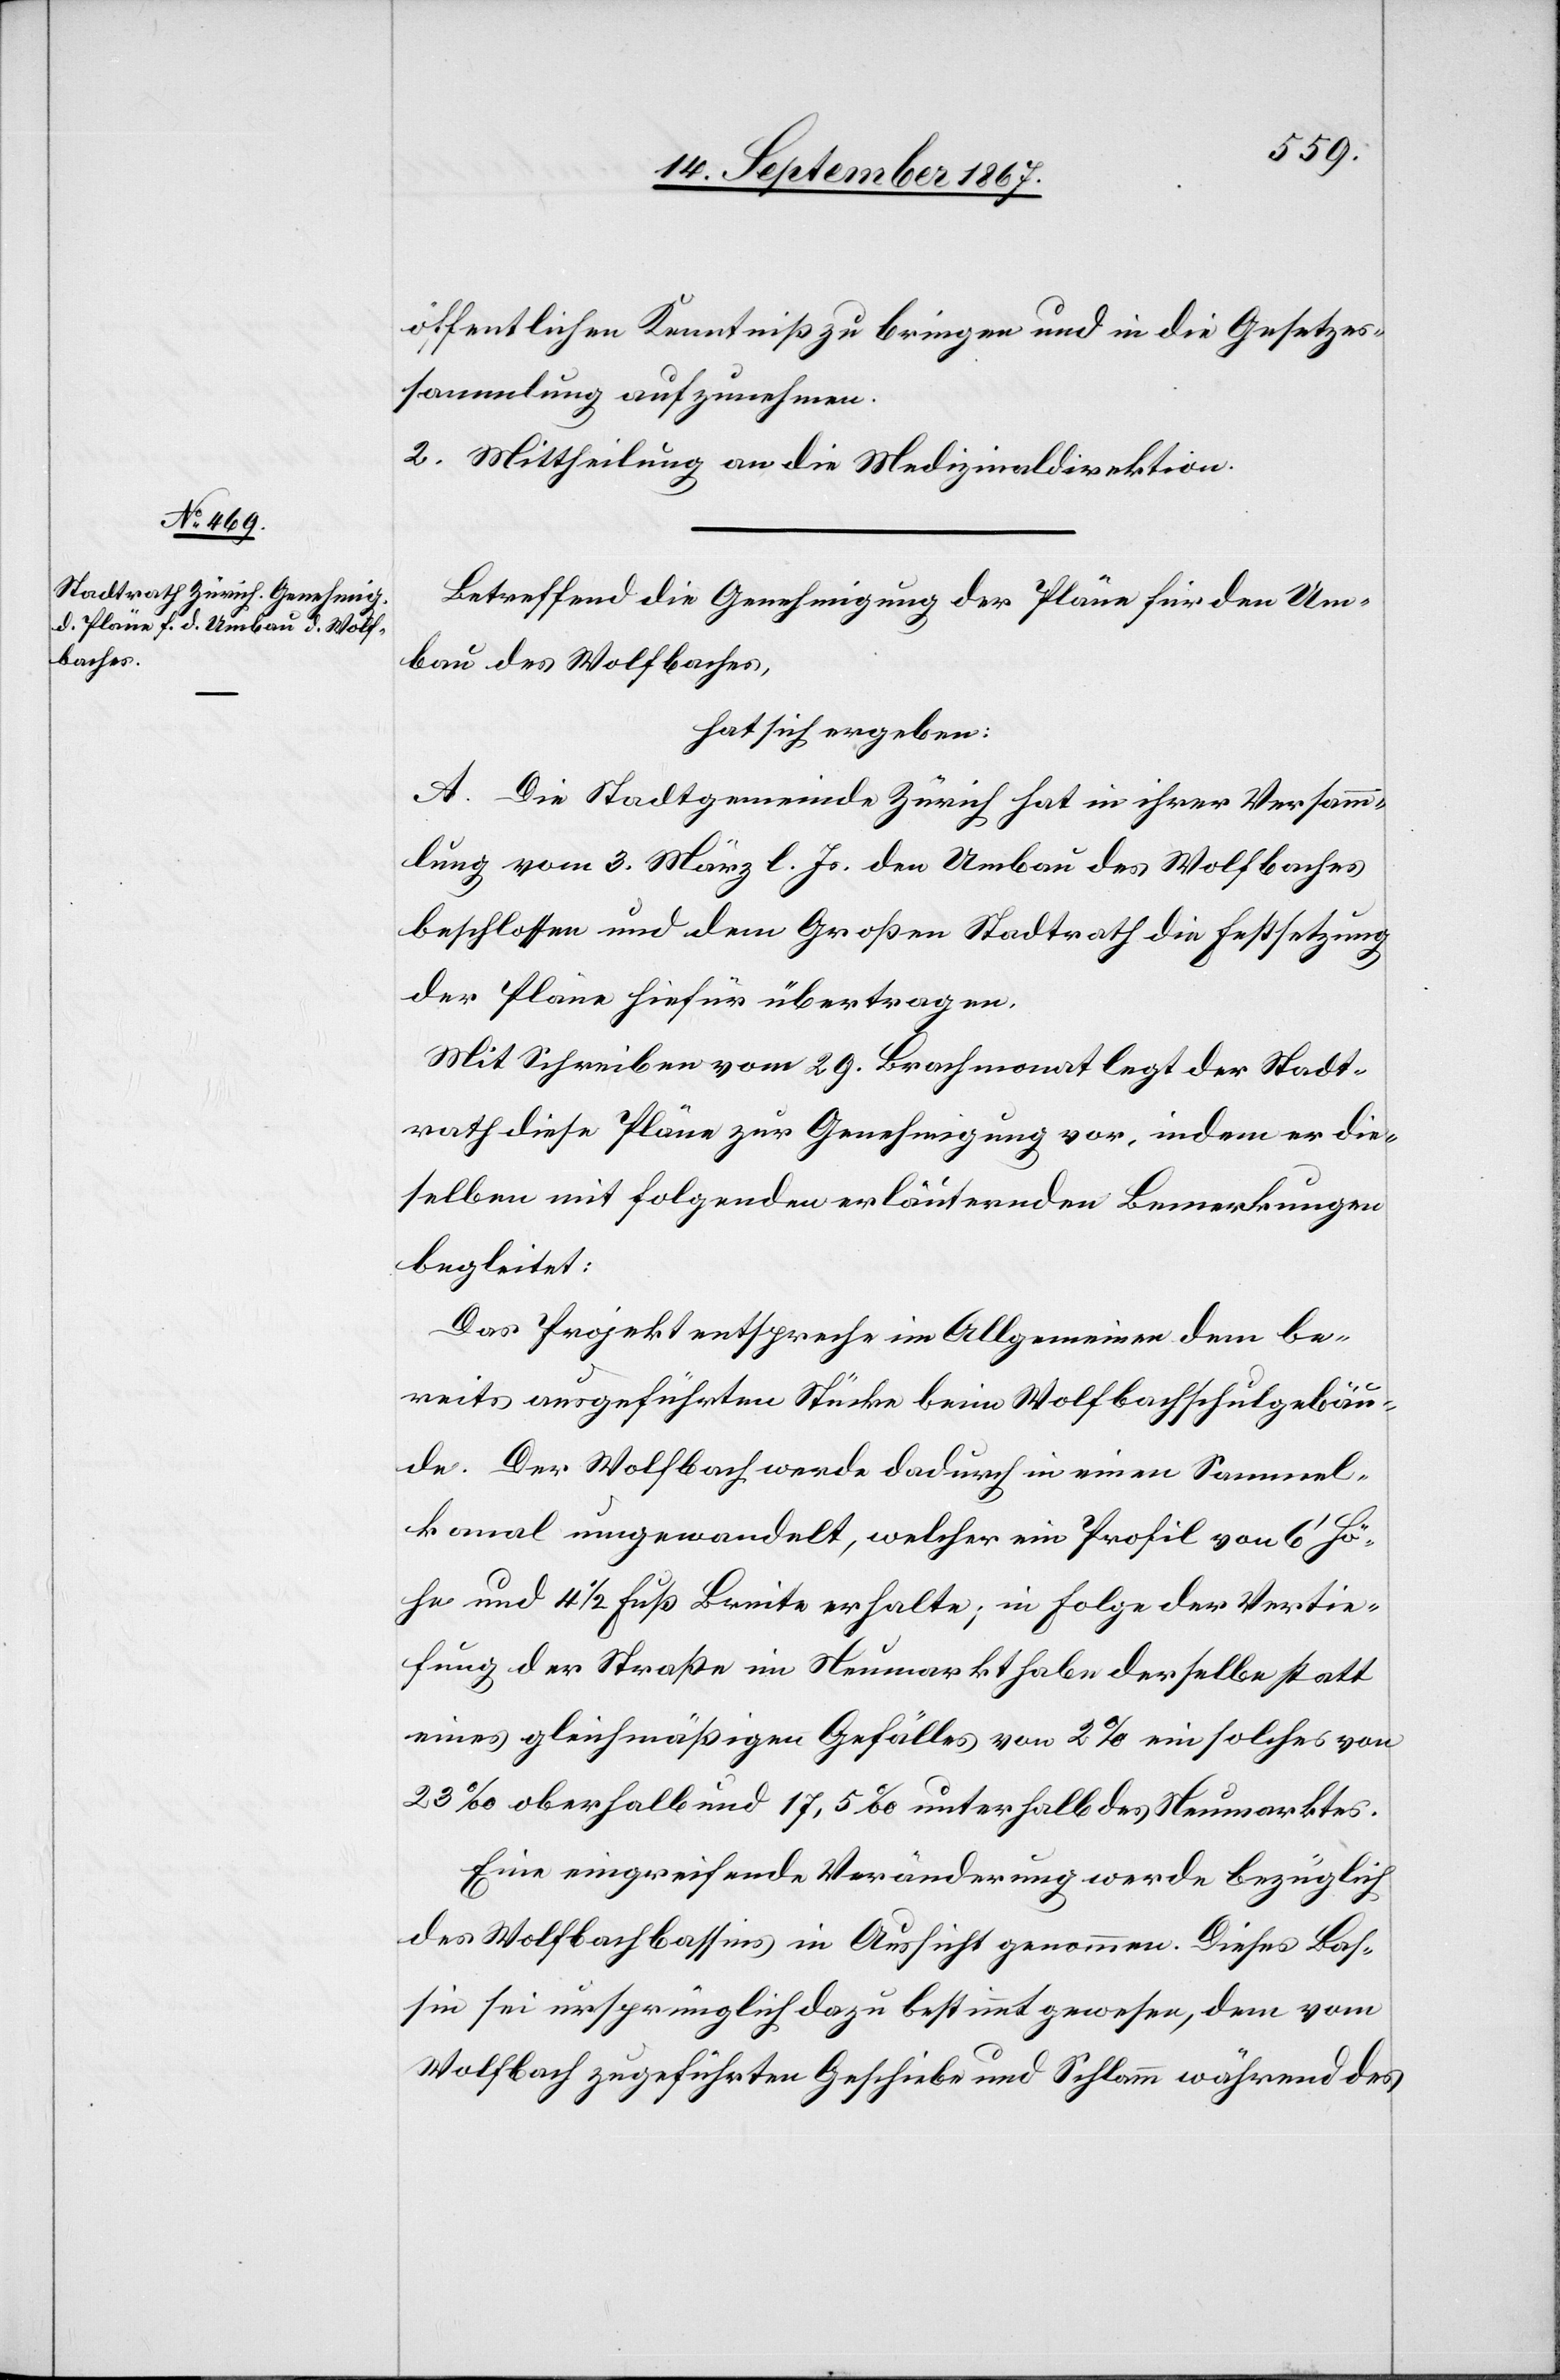
öffentlichen Kenntniß zu bringen und in die Gesetzes¬
sammlung aufzunehmen.
2. Mittheilung an die Medizinaldirektion.
Betreffend die Genehmigung der Pläne für den Um¬
bau des Wolfbaches,
hat sich ergeben:
A. Die Stadtgemeinde Zürich hat in ihrer Versamm¬
lung vom 3. März l. Js. den Umbau des Wolfbaches
beschlossen und dem Großen Stadtrathe die Festsetzung
der Pläne hiefür übertragen.
Mit Schreiben vom 29. Brachmonat legt der Stadt¬
rath diese Pläne zur Genehmigung vor, indem er die¬
selben mit folgenden erläuternden Bemerkungen
begleitet:
Das Projekt entspreche im Allgemeinen dem be¬
reits ausgeführten Stücke beim Wolfbachschulgebäu¬
de. Der Wolfbach werde dadurch in einen Sammel¬
kanal umgewandelt, welcher ein Profil von 6‘ Hö¬
he und 4 1/2 Fus Breite erhalte; in Folge der Vertie¬
fung der Straße im Neumarkt habe derselbe statt
eines gleichmäßigen Gefälles von 2% ein solches von
23‰ oberhalb und 17,5‰ unterhalb des Neumarktes.
Eine eingreifende Veränderung werde bezüglich
des Wolfbachbassins in Aussicht genommen. Dieses Bas¬
sin sei ursprünglich dazu bestimmt gewesen, dem vom
Wolfbach zugeführten Geschiebe und Schlamm während des